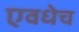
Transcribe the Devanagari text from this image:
एवधेच